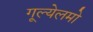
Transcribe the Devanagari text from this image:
गूल्येलमो